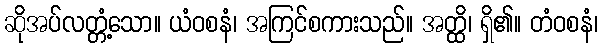
ဆိုအပ်လတ္တံ့သော။ ယံဝစနံ၊ အကြင်စကားသည်။ အတ္ထိ၊ ရှိ၏။ တံဝစနံ၊